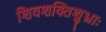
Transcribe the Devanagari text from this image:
शिवशक्तिशुभ्राः